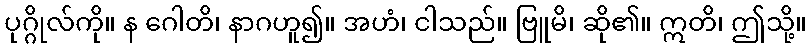
ပုဂ္ဂိုလ်ကို။ န ဂေါတိ၊ နာဂဟူ၍။ အဟံ၊ ငါသည်။ ဗြူမိ၊ ဆို၏။ ဣတိ၊ ဤသို့။